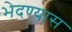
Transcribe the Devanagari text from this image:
भेदण्यास